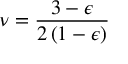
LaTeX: \nu = { \frac { 3 - \epsilon } { 2 \left( 1 - \epsilon \right) } }